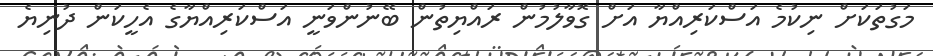
މަގުތަކަށް ނިކުމެ އަސްކަރިއްޔާ އަށް ގޮވާލުމުން ރައްޔިތުން ބޭނުންވަނީ އަސްކަރިއްޔާގެ އެހީކަން ދުނިޔެ